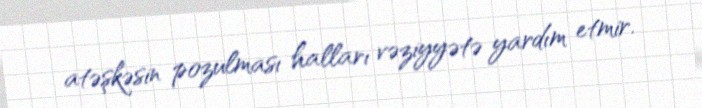
atəşkəsin pozulması halları vəziyyətə yardım etmir.